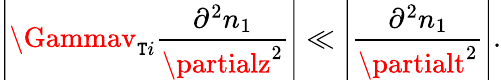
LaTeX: \left|\Gammav_{\mathtt{T}i}\frac{{\partial^{2}n_{1}}}{{\partialz^{2}}}\right|\ll\left|\frac{{\partial^{2}n_{1}}}{{\partialt^{2}}}\right|.